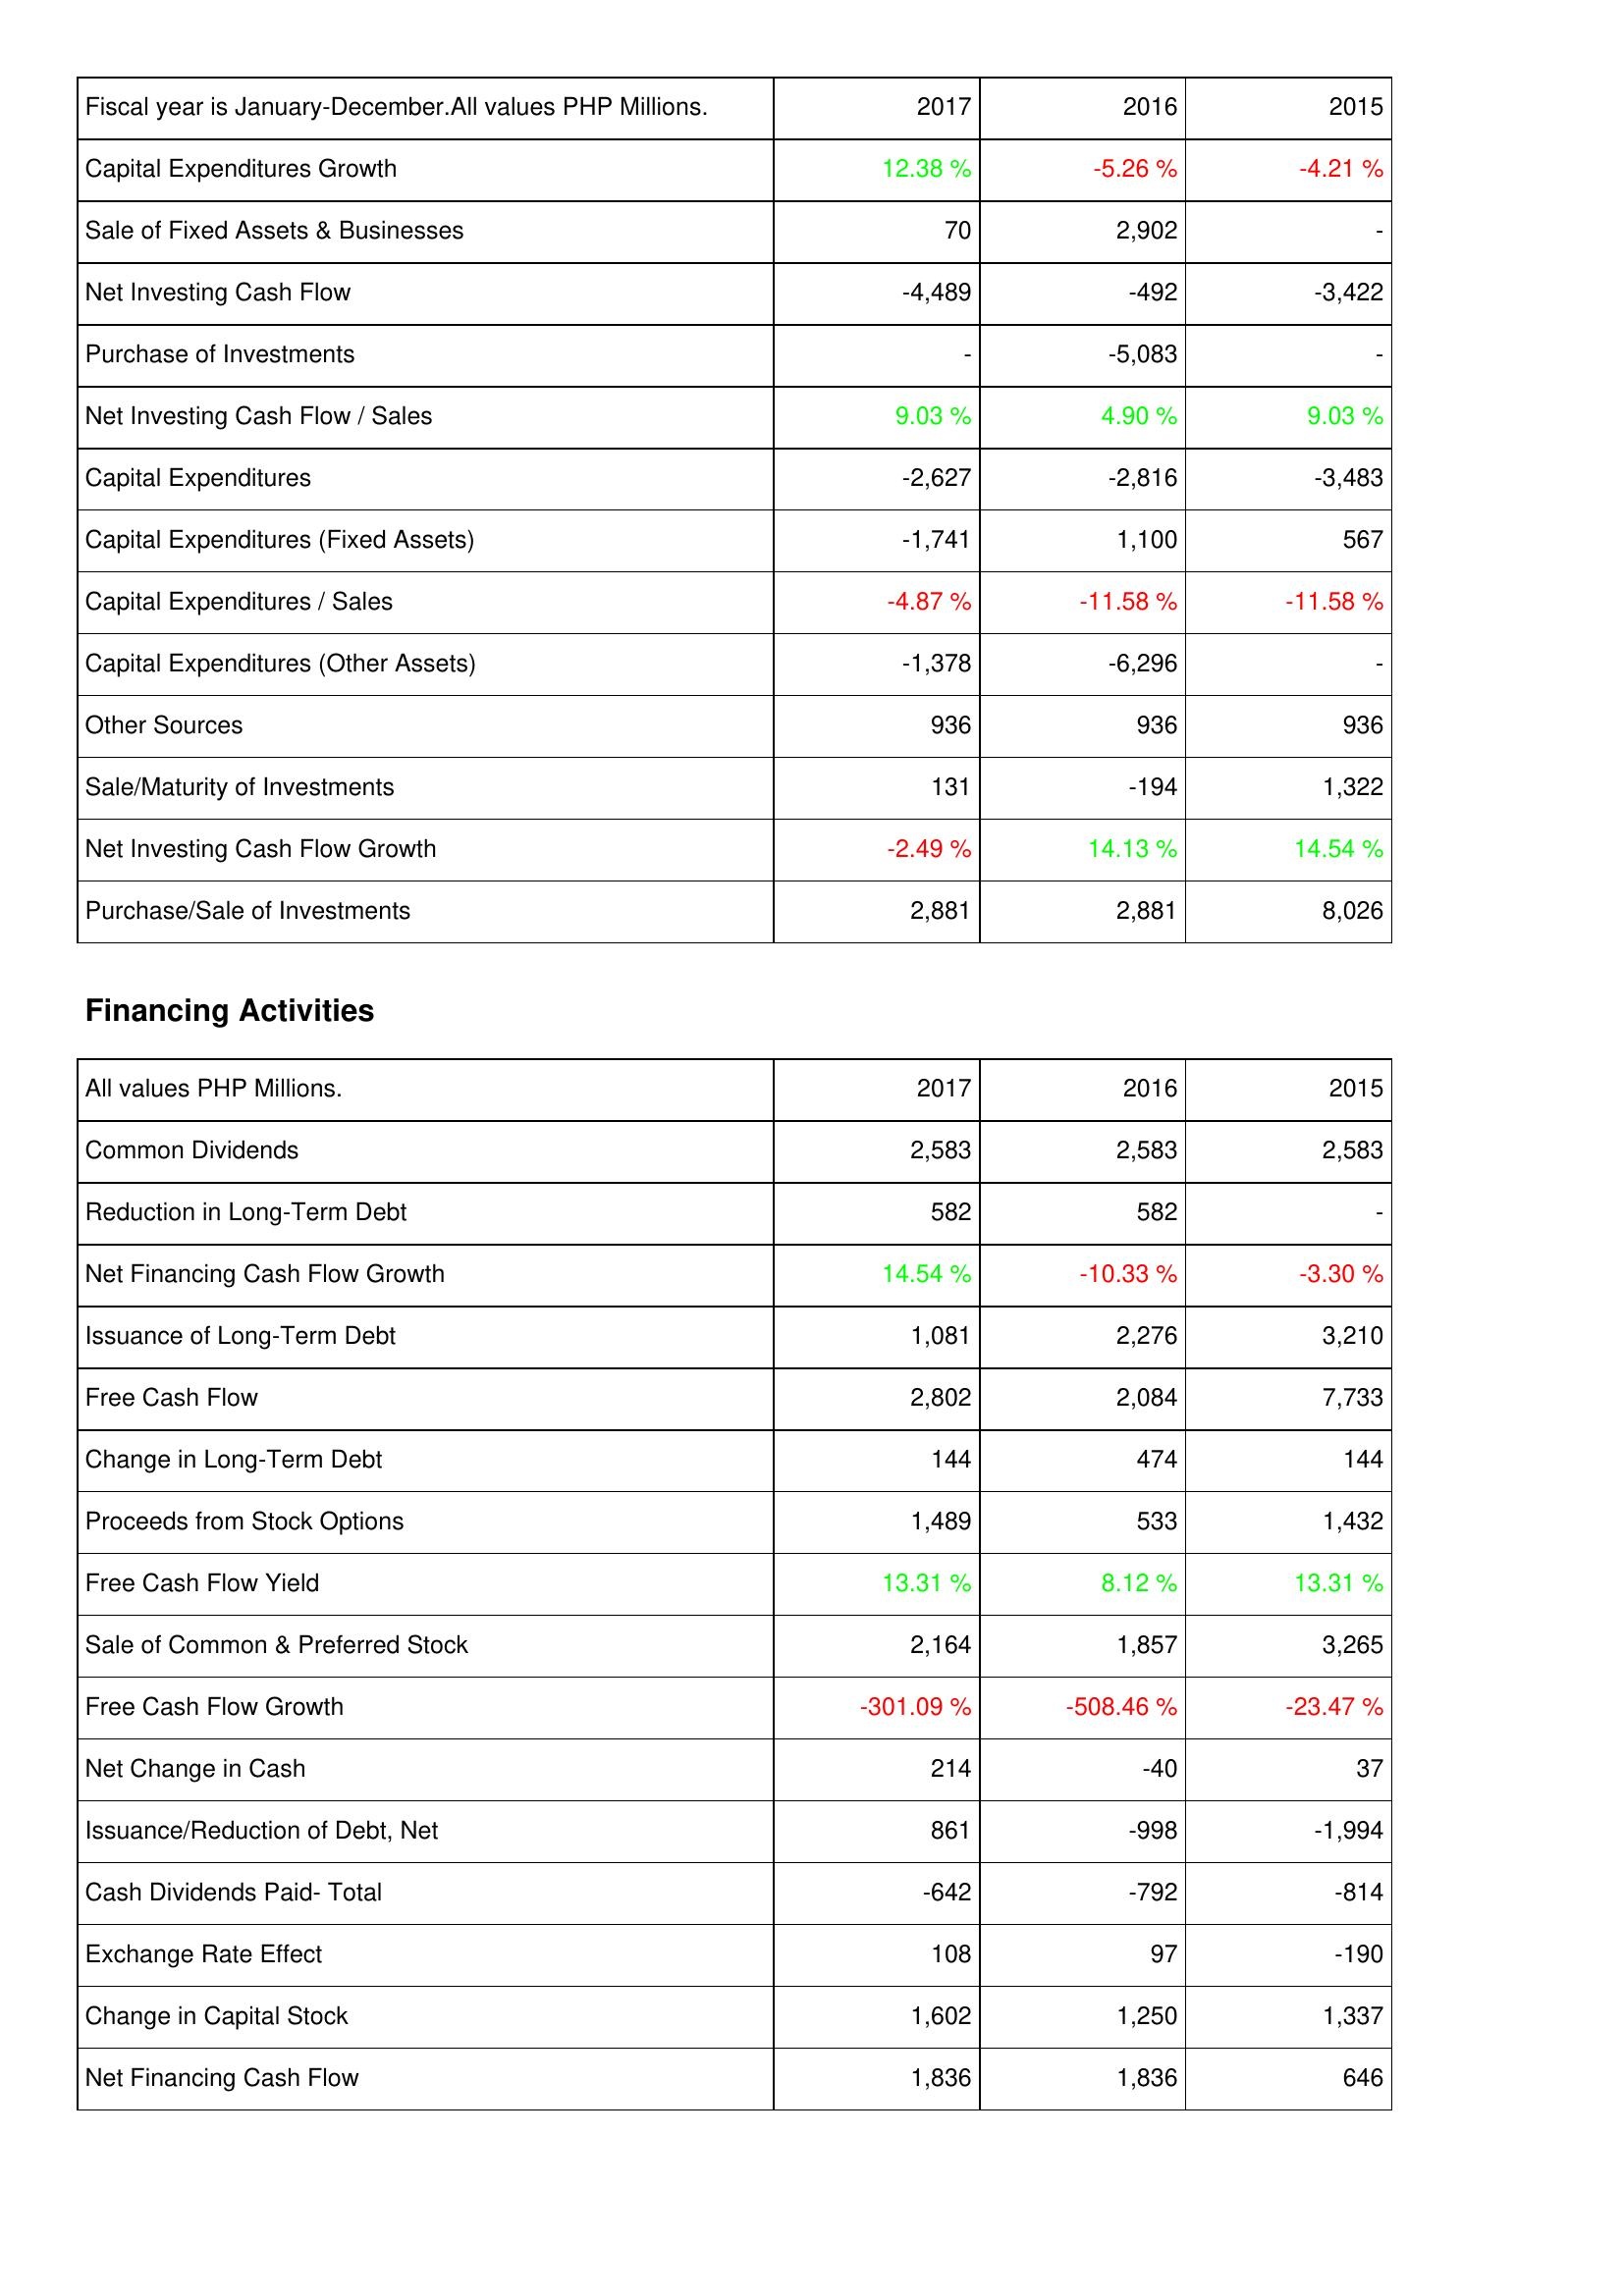
2017: Investing Activities: Capital Expenditures Growth: 12.38 %
Sale of Fixed Assets & Businesses: 70
Net Investing Cash Flow: -4,489
Purchase of Investments: -
Net Investing Cash Flow / Sales: 9.03 %
Capital Expenditures: -2,627
Capital Expenditures (Fixed Assets): -1,741
Capital Expenditures / Sales: -4.87 %
Capital Expenditures (Other Assets): -1,378
Other Sources: 936
Sale/Maturity of Investments: 131
Net Investing Cash Flow Growth: -2.49 %
Purchase/Sale of Investments: 2,881
Financing Activities: Common Dividends: 2,583
Reduction in Long-Term Debt: 582
Net Financing Cash Flow Growth: 14.54 %
Issuance of Long-Term Debt: 1,081
Free Cash Flow: 2,802
Change in Long-Term Debt: 144
Proceeds from Stock Options: 1,489
Free Cash Flow Yield: 13.31 %
Sale of Common & Preferred Stock: 2,164
Free Cash Flow Growth: -301.09 %
Net Change in Cash: 214
Issuance/Reduction of Debt, Net: 861
Cash Dividends Paid- Total: -642
Exchange Rate Effect: 108
Change in Capital Stock: 1,602
Net Financing Cash Flow: 1,836
2016: Investing Activities: Capital Expenditures Growth: -5.26 %
Sale of Fixed Assets & Businesses: 2,902
Net Investing Cash Flow: -492
Purchase of Investments: -5,083
Net Investing Cash Flow / Sales: 4.90 %
Capital Expenditures: -2,816
Capital Expenditures (Fixed Assets): 1,100
Capital Expenditures / Sales: -11.58 %
Capital Expenditures (Other Assets): -6,296
Other Sources: 936
Sale/Maturity of Investments: -194
Net Investing Cash Flow Growth: 14.13 %
Purchase/Sale of Investments: 2,881
Financing Activities: Common Dividends: 2,583
Reduction in Long-Term Debt: 582
Net Financing Cash Flow Growth: -10.33 %
Issuance of Long-Term Debt: 2,276
Free Cash Flow: 2,084
Change in Long-Term Debt: 474
Proceeds from Stock Options: 533
Free Cash Flow Yield: 8.12 %
Sale of Common & Preferred Stock: 1,857
Free Cash Flow Growth: -508.46 %
Net Change in Cash: -40
Issuance/Reduction of Debt, Net: -998
Cash Dividends Paid- Total: -792
Exchange Rate Effect: 97
Change in Capital Stock: 1,250
Net Financing Cash Flow: 1,836
2015: Investing Activities: Capital Expenditures Growth: -4.21 %
Sale of Fixed Assets & Businesses: -
Net Investing Cash Flow: -3,422
Purchase of Investments: -
Net Investing Cash Flow / Sales: 9.03 %
Capital Expenditures: -3,483
Capital Expenditures (Fixed Assets): 567
Capital Expenditures / Sales: -11.58 %
Capital Expenditures (Other Assets): -
Other Sources: 936
Sale/Maturity of Investments: 1,322
Net Investing Cash Flow Growth: 14.54 %
Purchase/Sale of Investments: 8,026
Financing Activities: Common Dividends: 2,583
Reduction in Long-Term Debt: -
Net Financing Cash Flow Growth: -3.30 %
Issuance of Long-Term Debt: 3,210
Free Cash Flow: 7,733
Change in Long-Term Debt: 144
Proceeds from Stock Options: 1,432
Free Cash Flow Yield: 13.31 %
Sale of Common & Preferred Stock: 3,265
Free Cash Flow Growth: -23.47 %
Net Change in Cash: 37
Issuance/Reduction of Debt, Net: -1,994
Cash Dividends Paid- Total: -814
Exchange Rate Effect: -190
Change in Capital Stock: 1,337
Net Financing Cash Flow: 646